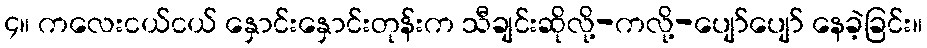
၄။ ကလေးငယ်ငယ် နှောင်းနှောင်းတုန်းက သီချင်းဆိုလို့-ကလို့-ပျော်ပျော် နေခဲ့ခြင်း။